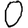
Digit: 0